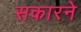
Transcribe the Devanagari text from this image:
सकारने